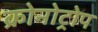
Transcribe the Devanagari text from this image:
क्रोनोट्रोप